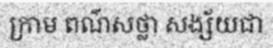
ក្រាម ពណ៌សថ្លា សង្ស័យជា